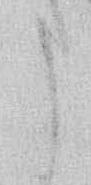
う